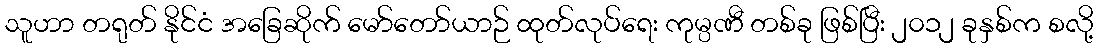
သူဟာ တရုတ် နိုင်ငံ အခြေဆိုက် မော်တော်ယာဉ် ထုတ်လုပ်ရေး ကုမ္ပဏီ တစ်ခု ဖြစ်ပြီး ၂၀၁၂ ခုနှစ်က စလို့